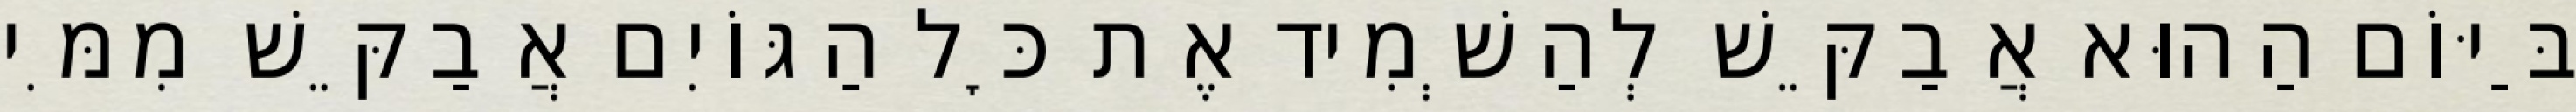
בַּיּוֹם הַהוּא אֲבַקֵּשׁ לְהַשְׁמִיד אֶת כׇּל הַגּוֹיִם אֲבַקֵּשׁ מִמִּי